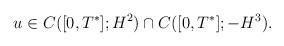
LaTeX: \begin{align*} u\in C([0,T^*]; H^2)\cap C([0,T^*]; -H^3).\end{align*}